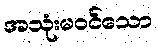
အသုံးမဝင်သော